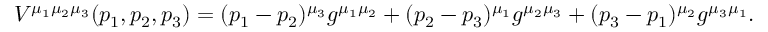
V ^ { \mu _ { 1 } \mu _ { 2 } \mu _ { 3 } } ( p _ { 1 } , p _ { 2 } , p _ { 3 } ) = ( p _ { 1 } - p _ { 2 } ) ^ { \mu _ { 3 } } g ^ { \mu _ { 1 } \mu _ { 2 } } + ( p _ { 2 } - p _ { 3 } ) ^ { \mu _ { 1 } } g ^ { \mu _ { 2 } \mu _ { 3 } } + ( p _ { 3 } - p _ { 1 } ) ^ { \mu _ { 2 } } g ^ { \mu _ { 3 } \mu _ { 1 } } .